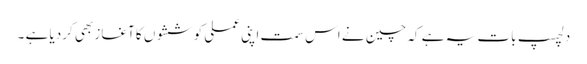
دلچسپ بات یہ ہے کہ چین نے اس سمت اپنی عملی کوششوں کا آغاز بھی کردیا ہے ۔